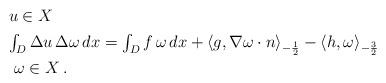
LaTeX: \begin{align*}\begin{array}{ll}& u \in X \, \\ [4pt]&\int_D \Delta u \, \Delta \omega \, dx = \int_D f \, \omega \, dx + \langle g,\nabla \omega \cdot {n}\rangle_{-\frac12}- \langle h,\omega\rangle_{-\frac32} \\ [4pt]& \ \omega \in X \, .\end{array}\end{align*}